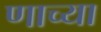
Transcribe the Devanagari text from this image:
णाच्या